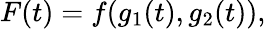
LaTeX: F(t)=f(g_{1}(t),g_{2}(t)),